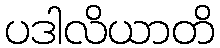
ပဒါလိယာတိ